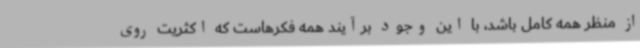
از منظر همه کامل باشد، با این وجود برآیند همه فکرهاست که اکثریت روی